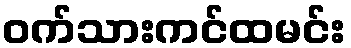
ဝက်သားကင်ထမင်း